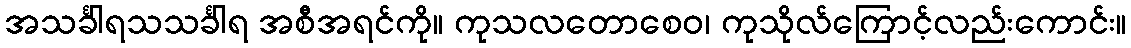
အသင်္ခါရသသင်္ခါရ အစီအရင်ကို။ ကုသလတောစေဝ၊ ကုသိုလ်ကြောင့်လည်းကောင်း။